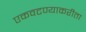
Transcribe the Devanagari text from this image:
एकवटण्याकरीता